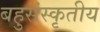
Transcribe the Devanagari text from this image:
बहुसंस्कृतीय